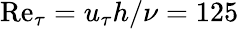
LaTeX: \mathrm{Re}_{\tau}=u_{\tau}h/\nu=125